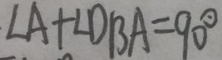
\angle A + \angle D B A = 9 0 ^ { \circ }